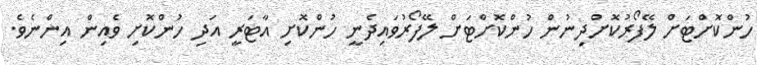
ހުންކޮށްޓަށް ލޭފޯރުކޮށްދިނުން ހުންކޮށްޓަށް ލޭފޯރުވައިދެނީ ހުންކޮށި އާޓަރީ އަދި ހުންކޮށި ވެއިން އިންނެވެ.